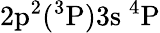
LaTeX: \mathrm{2p^{2}(^{3}P)3s~^{4}P}